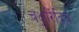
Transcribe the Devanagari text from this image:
चक्षुरिंद्रिय